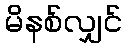
မိနစ်လျှင်